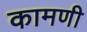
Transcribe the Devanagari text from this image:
कामणी